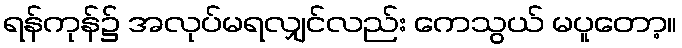
ရန်ကုန်၌ အလုပ်မရလျှင်လည်း ကေသွယ် မပူတော့။